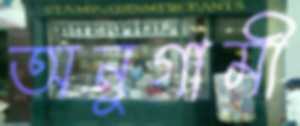
অনুগামী